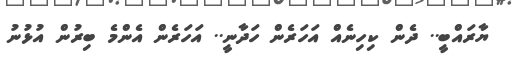
ޔާރައްބީ.. ދެން ކިހިނެއް އަހަރެން ހަދާނީ.. އަހަރެން އެންމެ ބިރުން އުޅުނު